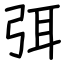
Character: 弭